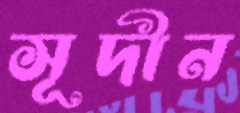
সূদীন